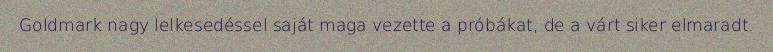
Goldmark nagy lelkesedéssel saját maga vezette a próbákat, de a várt siker elmaradt.